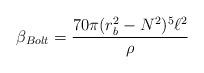
LaTeX: \begin{align*}\beta _{Bolt}=\frac{70\pi (r_{b}^{2}-N^{2})^{5}\ell ^{2}}{\rho }\end{align*}